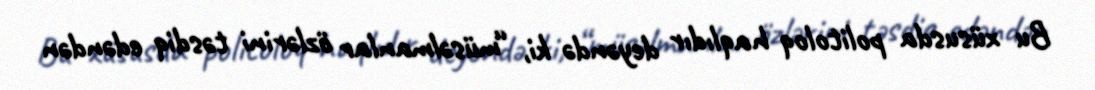
Bu xüsusda politoloq haqlıdır deyəndə ki, “müsəlmanlar özlərini təsdiq edəndən